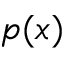
p ( x )